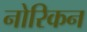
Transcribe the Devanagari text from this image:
नोरिकन